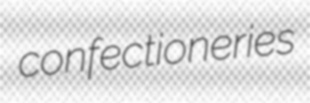
confectioneries